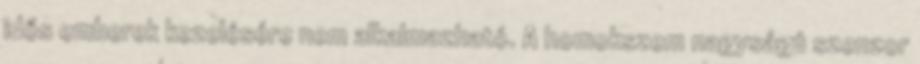
idős emberek kezelésére nem alkalmazható. A homokszem nagyságú szenzor